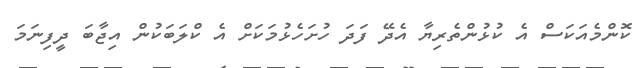
ކޮންމެއަކަސް އެ ކުޅުންތެރިޔާ އެދޭ ފަދަ ހުށަހެޅުމަކަށް އެ ކްލަބަކުން އިޖާބަ ދީފިނަމަ